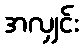
အလျှင်း